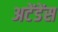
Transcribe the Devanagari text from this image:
अटेंडेंस